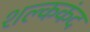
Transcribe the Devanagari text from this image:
शल्ककंद